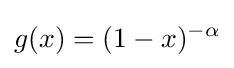
g(x)=(1-x)^{-\alpha }